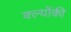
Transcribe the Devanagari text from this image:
क्ल्योंकी